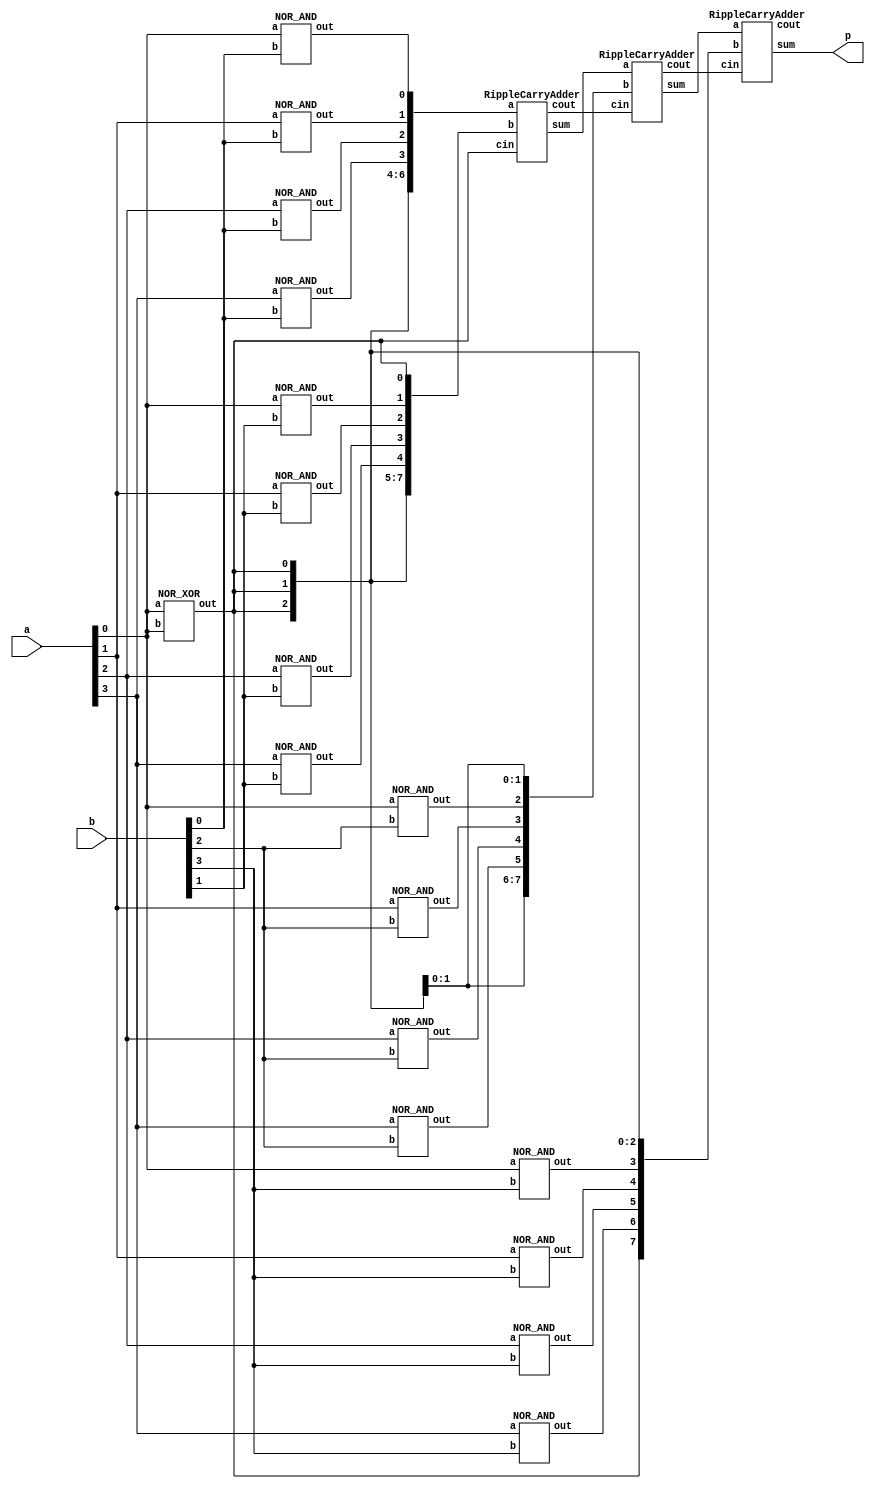
`timescale 1ns/1ps

module Multiplier (a, b, p);
input [4-1:0] a, b;
output [8-1:0] p;
wire [3:0] L0,L1,L2,L3;

wire [7:0] sum0,sum1;
wire c0,c1,c2;
wire zero, one;
NOR_XOR NN (a[0],a[0],zero);
NOR_XNOR NONE (a[0],a[0],one);

NOR_AND N1(a[0],b[0],L0[0]);
NOR_AND N2(a[1],b[0],L0[1]);
NOR_AND N3(a[2],b[0],L0[2]);
NOR_AND N4(a[3],b[0],L0[3]);

NOR_AND N5(a[0],b[1],L1[0]);
NOR_AND N6(a[1],b[1],L1[1]);
NOR_AND N7(a[2],b[1],L1[2]);
NOR_AND N8(a[3],b[1],L1[3]);

NOR_AND N9(a[0],b[2],L2[0]);
NOR_AND N10(a[1],b[2],L2[1]);
NOR_AND N11(a[2],b[2],L2[2]);
NOR_AND N12(a[3],b[2],L2[3]);

NOR_AND N13(a[0],b[3],L3[0]);
NOR_AND N14(a[1],b[3],L3[1]);
NOR_AND N15(a[2],b[3],L3[2]);
NOR_AND N16(a[3],b[3],L3[3]);

RippleCarryAdder R1(  { {4{zero}} ,L0 }, { {3{zero}} , L1,zero } ,zero,c0, sum0 );
RippleCarryAdder R2(  sum0, { {2{zero}}, L2, {2{zero}} } , c0, c1,sum1 );
RippleCarryAdder R3(  sum1, { zero , L3 , {3{zero}} } , c1, c2,p );


endmodule


module RippleCarryAdder (a, b, cin, cout, sum);
input [8-1:0] a, b;
input cin;
output [8-1:0] sum;
output cout;

wire c1,c2,c3,c4,c5,c6,c7;

FullAdder f0(a[0],b[0],cin,c1,sum[0]);
FullAdder f1(a[1],b[1],c1, c2,sum[1]);
FullAdder f2(a[2],b[2],c2, c3,sum[2]);
FullAdder f3(a[3],b[3],c3, c4,sum[3]);
FullAdder f4(a[4],b[4],c4, c5, sum[4]);
FullAdder f5(a[5],b[5],c5, c6, sum[5]);
FullAdder f6(a[6],b[6],c6, c7, sum[6]);
FullAdder f7(a[7],b[7],c7, cout, sum[7]);

endmodule

module FullAdder (a, b, cin, cout, sum);
input a, b;
input cin;
output sum;
output cout;

wire x1out;
NOR_XNOR x1(a,b,x1out);
NOR_XNOR x2(cin,x1out,sum);
Mux_1bit m1(a,cin,x1out,cout);
endmodule

module Mux_1bit (a, b, sel, f);
input  a, b;
input sel;
output  f;

wire sel0, cha, chb;
/*
not not1(sel0, sel);
and and1(cha, a, sel);
and and2(chb, b, sel0);
or or1(f, cha, chb);
*/
NOR_NOT N1(sel,sel0);
NOR_AND N2(a,sel,cha);
NOR_AND N3(b,sel0,chb);
NOR_OR N4(cha,chb,f);
endmodule

module NOR_XOR (a,b,out);
input a,b;
output out;
wire na,nb,abnor,nanbnor;
nor nor0 (na,a,a);
nor nor1 (nb,b,b);
nor nor2 (nanbnor,na,nb);
nor nor3 (abnor,a,b);
nor nor4 (out,abnor,nanbnor);
endmodule

module NOR_XNOR (a,b,out);
input a,b;
output out;
wire xorout;
NOR_XOR N0 (a,b,xorout);
NOR_NOT N1 (xorout,out);
endmodule

module NOR_NOT ( a,out );
input a;
output out;
nor nor0(out,a,a);
endmodule

module NOR_AND (a,b,out);
input a,b;
output out;
wire na,nb;
nor nor0(na,a,a);
nor nor1(nb,b,b);
nor nor2(out,na,nb);
endmodule

module NOR_OR (a,b,out);
input a,b;
output out;
wire norout;
nor nor0 (norout,a,b);
nor nor1 (out,norout,norout);
endmodule